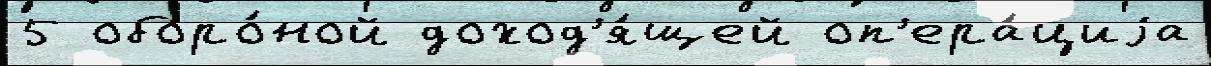
5 оборо́ной доход'я́щей оп'ера́циjа